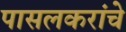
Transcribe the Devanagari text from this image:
पासलकरांचे